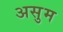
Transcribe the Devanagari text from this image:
असुम